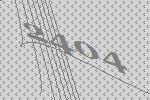
2404